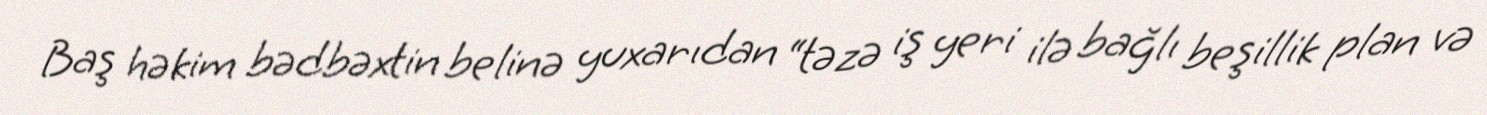
Baş həkim bədbəxtin belinə yuxarıdan “təzə iş yeri ilə bağlı beşillik plan və